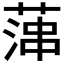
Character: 𦶶